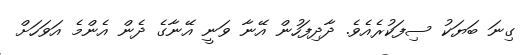
ގިނަ ބަޔަކު ސިފަކުރެއެވެ. ދާދިފަހުން އޭނާ ވަނީ އޭނާގެ ދެން އެންމެ އަވަހަށް